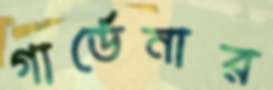
গার্ডেনার